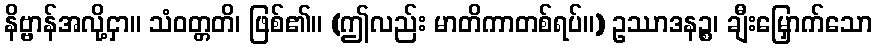
နိဗ္ဗာန်အလို့ငှာ။ သံဝတ္တတိ၊ ဖြစ်၏။ (ဤလည်း မာတိကာတစ်ရပ်။) ဥဿာဒနဉ္စ၊ ချီးမြှောက်သော